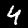
Digit: 4